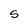
Character: S